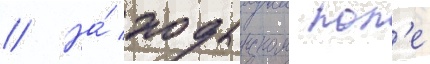
// На́ ходынском пол'е